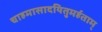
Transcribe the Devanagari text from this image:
चाहमासादयितुमर्हताम्‌